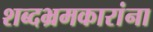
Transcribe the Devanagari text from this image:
शब्दभ्रमकारांना